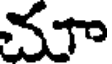
చా